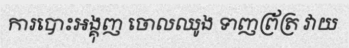
ការបោះអង្គុញ ចោលឈូង ទាញព្រ័ត្រ វាយ